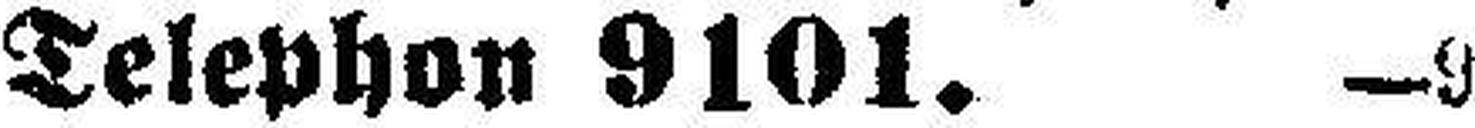
Telephon 9101. —9